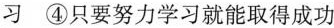
习④只要努力学习就能取得成功